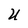
Character: U